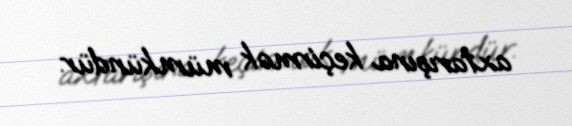
axtarışına keçirmək mümkündür.